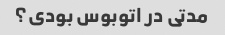
مدتی در اتوبوس بودی؟